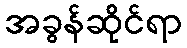
အခွန်ဆိုင်ရာ